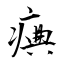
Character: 痶